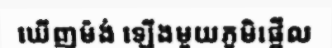
ឃើញម៉ង់ ឡើងមួយភូមិផ្អើល